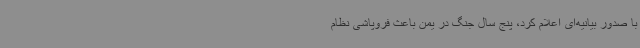
با صدور بیانیه‌ای اعلام کرد، پنج سال جنگ در یمن باعث فروپاشی نظام